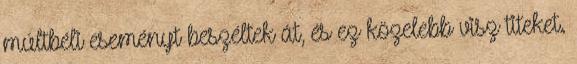
múltbéli eseményt beszéltek át, és ez közelebb visz titeket.